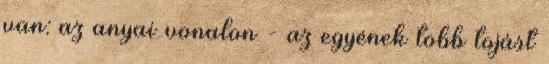
van: az anyai vonalon - az egyének több tojást